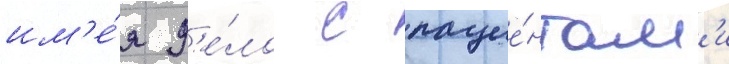
им'е́я д'е́ло с пацие́нтам'и